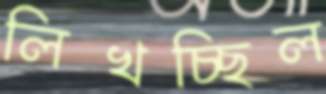
লিখচ্ছিল